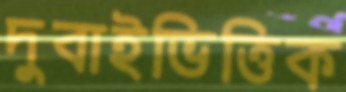
দুবাইভিত্তিক